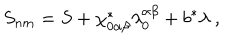
S _ { n m } = S + \chi _ { 0 \alpha \beta } ^ { * } \lambda _ { 0 } ^ { \alpha \beta } + b ^ { * } \lambda \ ,